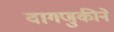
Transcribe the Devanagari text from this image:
वागणुकीने